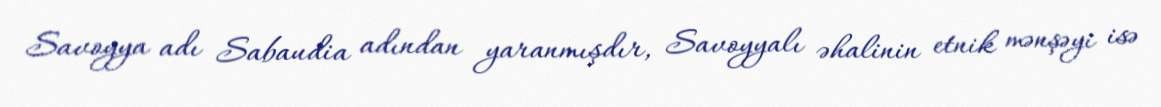
Savoyya adı Sabaudia adından yaranmışdır, Savoyyalı əhalinin etnik mənşəyi isə